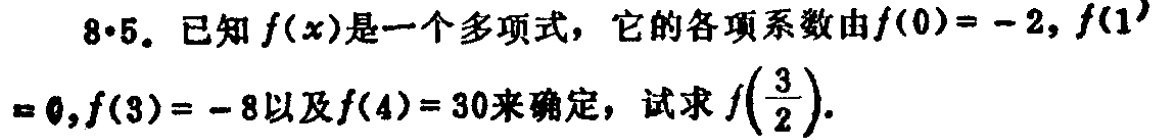
8·5. 已知\(f(x)\)是一个多项式，它的各项系数由\(f(0)= - 2\)，\(f(1)=0\)，\(f(3)= - 8\)以及\(f(4)=30\)来确定，试求\(f(\frac{3}{2})\)。